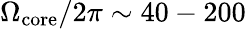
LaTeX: \Omega_{\mathrm{core}}/2\pi\sim 40-200